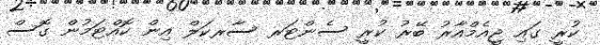
ކުރީ ގައި ޖީއެމްއާރު ބޭރު ކުރީ ސެންޓަރ ސާރކަލް އިން ކޮއްޓަމުން ގޮސް